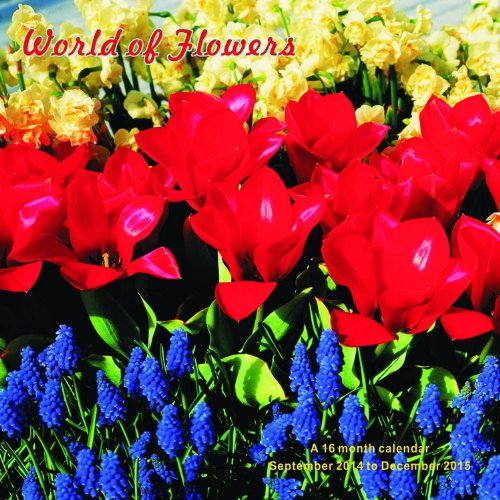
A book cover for World of Flowers Calendar - 2015 Wall calendars - Garden Calendars - Flower Calendar - Monthly Wall Calendar by Magnum; MegaCalendars; Calendars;